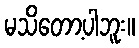
မသိတော့ပါဘူး။